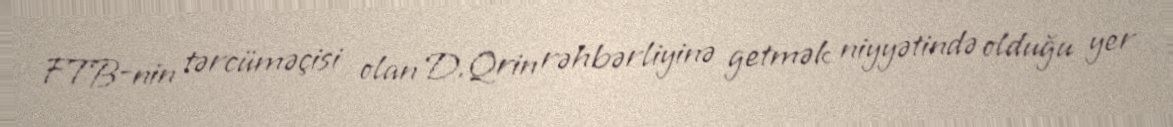
FTB-nin tərcüməçisi olan D.Qrin rəhbərliyinə getmək niyyətində olduğu yer